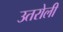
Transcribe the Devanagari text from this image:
उतरोली